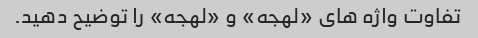
تفاوت واژه های «لهجه» و «لهجه» را توضیح دهید.